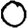
Digit: 0